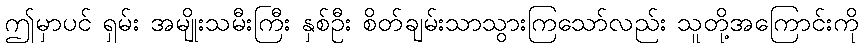
ဤမှာပင် ရှမ်း အမျိုးသမီးကြီး နှစ်ဦး စိတ်ချမ်းသာသွားကြသော်လည်း သူတို့အကြောင်းကို